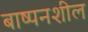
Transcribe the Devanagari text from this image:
बाष्पनशील